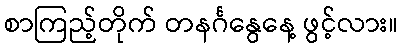
စာကြည့်တိုက် တနင်္ဂနွေနေ့ ဖွင့်လား။